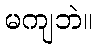
မကျဘဲ။